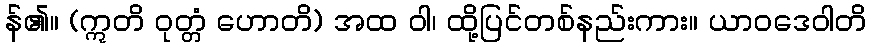
န်၏။ (ဣတိ ဝုတ္တံ ဟောတိ) အထ ဝါ၊ ထို့ပြင်တစ်နည်းကား။ ယာဝဒေဝါတိ